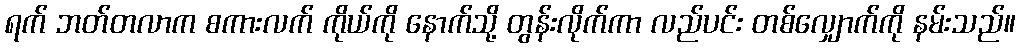
ရက် ဘတ်တလာက စကားလက် ကိုယ်ကို နောက်သို့ တွန်းလိုက်ကာ လည်ပင်း တစ်လျှောက်ကို နမ်းသည်။